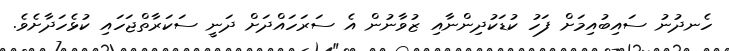
ހެނދުނު ސައިބުއިމަށް ފަހު ކުޑަކުދިންނާއި ޒުވާނުން އެ ސަރަހައްދަށް ދަނީ ސަކަރާތްޖަހައި ކުޅެހަދާށެވެ.